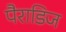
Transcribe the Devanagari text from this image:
पैराडिज